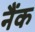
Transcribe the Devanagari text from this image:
नैंक